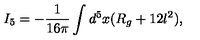
I _ { 5 } = - \frac { 1 } { 1 6 \pi } \int d ^ { 5 } x ( R _ { g } + 1 2 l ^ { 2 } ) ,